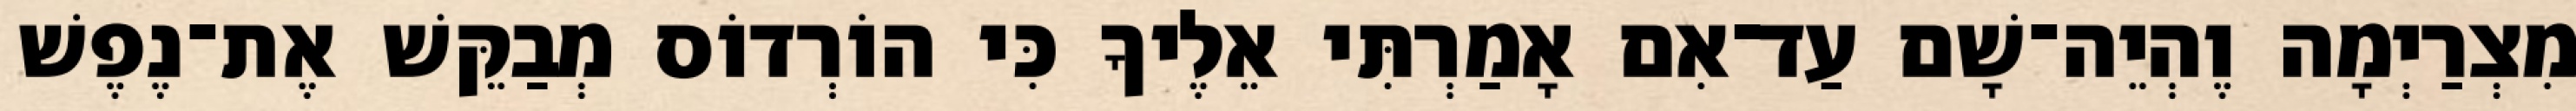
מִצְרַיְמָה וֶהְיֵה־שָׁם עַד־אִם אָמַרְתִּי אֵלֶיךָ כִּי הוֹרְדוֹס מְבַקֵּשׁ אֶת־נֶפֶשׁ